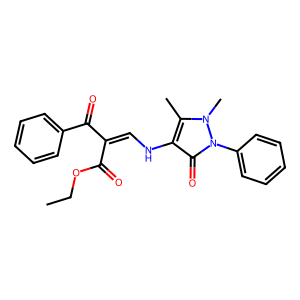
SMILES: CCOC(=O)C(=CNc1c(C)n(C)n(-c2ccccc2)c1=O)C(=O)c1ccccc1
Inhibits HIV replication: No